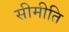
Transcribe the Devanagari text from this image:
सीमीति